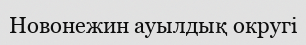
Новонежин ауылдық округі